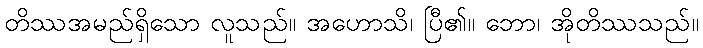
တိဿအမည်ရှိသော လူသည်။ အဟောသိ၊ ပြီ၏။ ဘော၊ အိုတိဿသည်။